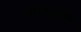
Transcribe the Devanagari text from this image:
अराफातला